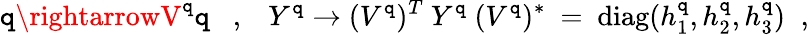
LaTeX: \mathtt{q}\rightarrowV^{\mathtt{q}}\mathtt{q}~\; \; ,\; \; ~Y^{\mathtt{q}}\rightarrow(V^{\mathtt{q}})^{T}~Y^{\mathtt{q}}~(V^{\mathtt{q}})^{*}~=~\mathrm{{diag}}(h_{1}^{\mathtt{q}},h_{2}^{\mathtt{q}},h_{3}^{\mathtt{q}})\; \; ,